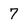
Character: 7